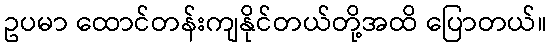
ဥပမာ ထောင်တန်းကျနိုင်တယ်တို့အထိ ပြောတယ်။